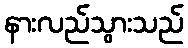
နားလည်သွားသည်